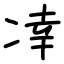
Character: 㓑